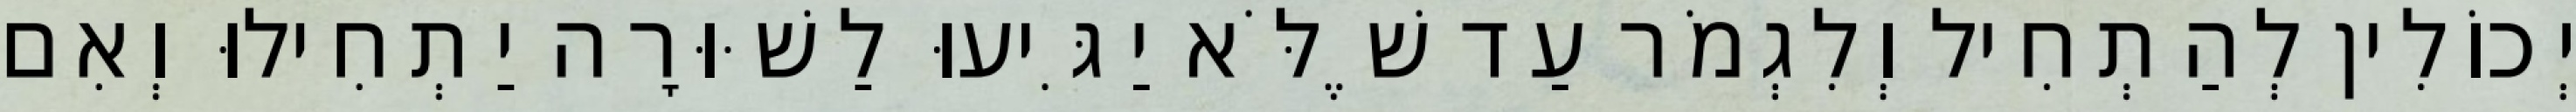
יְכוֹלִין לְהַתְחִיל וְלִגְמֹר עַד שֶׁלֹּא יַגִּיעוּ לַשּׁוּרָה יַתְחִילוּ וְאִם